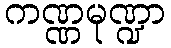
ကဏ္ဏမုဏ္ဍာ